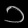
Digit: ၁